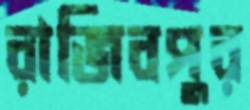
রাজিবপুর